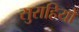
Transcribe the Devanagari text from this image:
सुराहियों